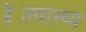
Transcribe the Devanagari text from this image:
है।स्वास्थ्य